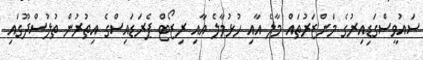
ސައުވީސްގަޑިއިރުގެ މަންޒަރުތައް މާލެ އާއި ހުޅުމާލެ އާއި ރިޒޯޓް ޕެރަޑައިސްގެ އިތުރުން ތުލުސްދޫގައި